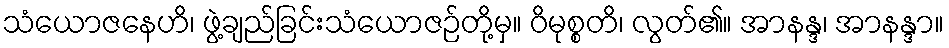
သံယောဇနေဟိ၊ ဖွဲ့ချည်ခြင်းသံယောဇဉ်တို့မှ။ ဝိမုစ္စတိ၊ လွတ်၏။ အာနန္ဒ၊ အာနန္ဒာ။